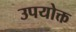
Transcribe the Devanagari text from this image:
उपयोक्त